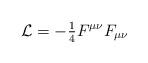
LaTeX: \begin{align*}{\cal L}={\textstyle -\frac{1}{4}}F^{\mu\nu}F_{\mu \nu} \end{align*}